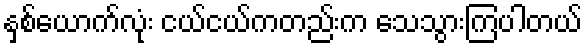
နှစ်ယောက်လုံး ငယ်ငယ်ကတည်းက သေသွားကြပါတယ်